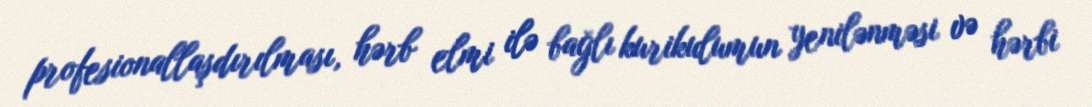
profesionallaşdırılması, hərb elmi ilə bağlı kurikulumun yenilənməsi və hərbi